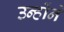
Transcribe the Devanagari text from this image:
उन्होंने